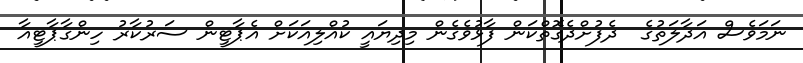
ނަމަވެސް އަދާލަތުގެ  ދެފުށްދެގޮތްކަން ފާޅުވެގެން މިދިޔައީ ކުއްލިއަކަށް އެޕާޓީން ސަރުކާރު ހިންގާޕާޓީއާ